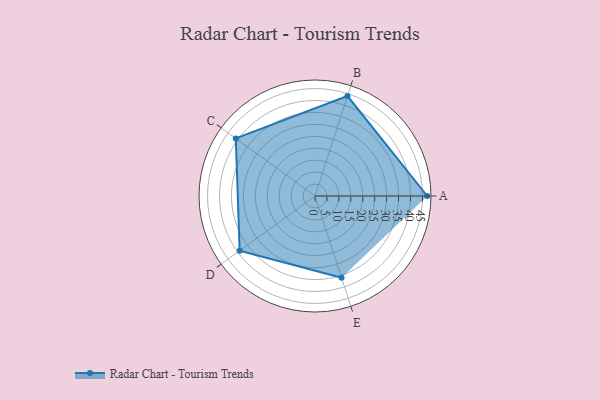
{"axis": {"x": "Skill", "y": "Score"}, "legend": ["Profile"], "data": [{"x": "A", "y": 47.0, "type": "Profile"}, {"x": "B", "y": 44.0, "type": "Profile"}, {"x": "C", "y": 41.0, "type": "Profile"}, {"x": "D", "y": 39.0, "type": "Profile"}, {"x": "E", "y": 36.0, "type": "Profile"}]}